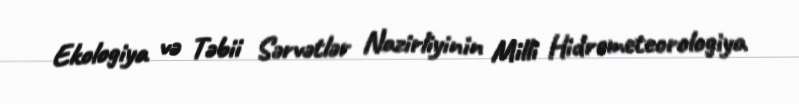
Ekologiya və Təbii Sərvətlər Nazirliyinin Milli Hidrometeorologiya